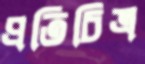
প্রতিচিত্র